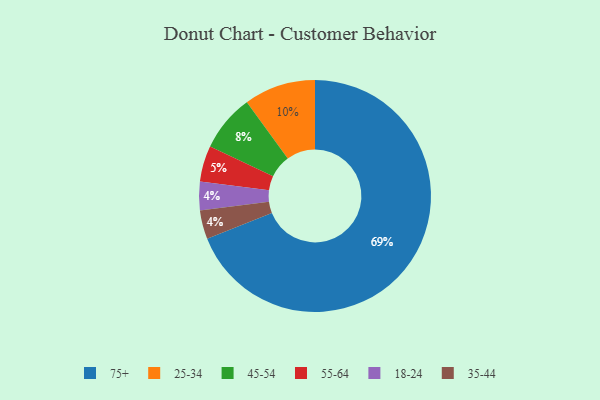
{"axis": {"x": "Category", "y": "Percentage"}, "legend": ["18-24", "25-34", "35-44", "45-54", "55-64", "75+"], "data": [{"x": "25-34", "y": 10, "type": "25-34"}, {"x": "18-24", "y": 4, "type": "18-24"}, {"x": "55-64", "y": 5, "type": "55-64"}, {"x": "75+", "y": 69, "type": "75+"}, {"x": "45-54", "y": 8, "type": "45-54"}, {"x": "35-44", "y": 4, "type": "35-44"}]}